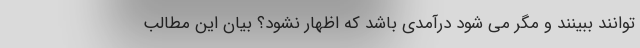
توانند ببینند و مگر می شود درآمدی باشد که اظهار نشود؟ بیان این مطالب